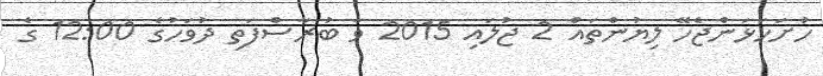
ހުށަހަޅަންޖެހޭ ލިޔުންތައް 2 ޖުލައި 2015 ވާ ބުރާސްފަތި ދުވަހުގެ 12:00 ގެ